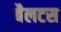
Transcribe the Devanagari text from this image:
बैलटस